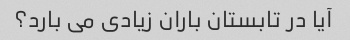
آیا در تابستان باران زیادی می بارد؟